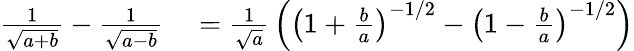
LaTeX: \begin{array}{rl}{{\frac{1}{\sqrt{a+b}}}-{\frac{1}{\sqrt{a-b}}}}&{{}={\frac{1}{\sqrt{a}}}\left(\left(1+{\frac{b}{a}}\right)^{-1/2}-\left(1-{\frac{b}{a}}\right)^{-1/2}\right)}\end{array}